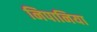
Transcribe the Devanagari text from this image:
निपानिया